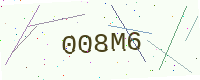
Text: 008M6